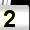
Digit: 2